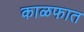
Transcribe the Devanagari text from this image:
काळफात